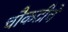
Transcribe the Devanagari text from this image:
चौकटीचे